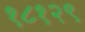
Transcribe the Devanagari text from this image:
१८१२९